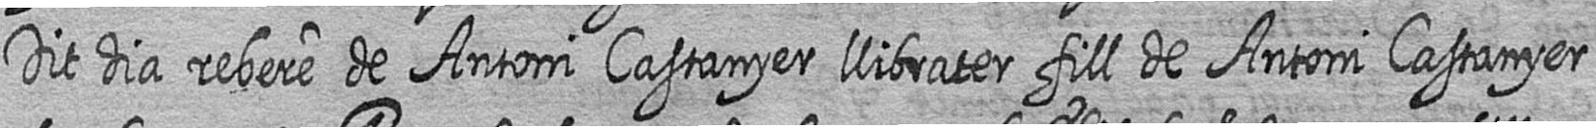
Dit dia rebere de Antoni Castanyer llibrater fill de Antoni Castanyer